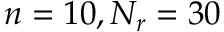
n = 1 0 , N _ { r } = 3 0